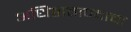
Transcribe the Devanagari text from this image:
अधिष्ठातापदाचा